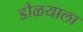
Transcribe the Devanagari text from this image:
डोळयाला